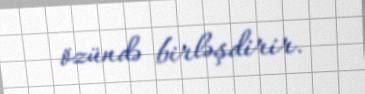
özündə birləşdirir.